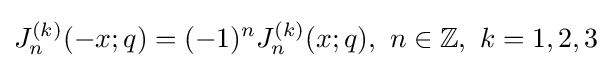
J_{n}^{(k)}(-x;q)=(-1)^{n}J_{n}^{(k)}(x;q),\ n\in \mathbb {Z} ,\ k=1,2,3